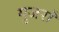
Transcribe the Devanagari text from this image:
गुजराँ